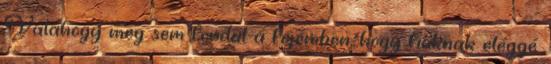
Valahogy meg sem fordul a fejemben, hogy fiúknak eléggé.